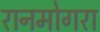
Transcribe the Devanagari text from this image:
रानमोगरा